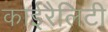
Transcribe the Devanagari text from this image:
काईरैलिटी